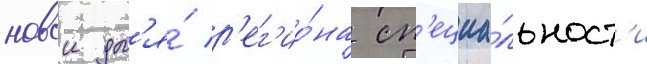
новои дл'я́ р'ег'ио́на сп'ециа́льност'и